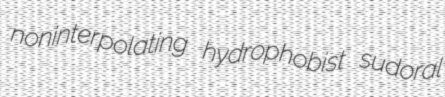
noninterpolating hydrophobist sudoral